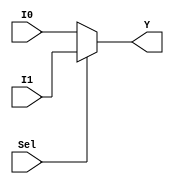
`timescale 1ns / 1ps
//////////////////////////////////////////////////////////////////////////////////
// Company: 
// Engineer: 
// 
// Design Name: 
// Module Name: mux_2x1
// Project Name: 
// Target Devices: 
// Tool Versions: 
// Description: 
// 
// Dependencies: 
// 
// Revision:
// Revision 0.01 - File Created
// Additional Comments:
// 
//////////////////////////////////////////////////////////////////////////////////


module mux_2X1 #(parameter In_d_W=8)(
    input [In_d_W-1:0] I0,
    input [In_d_W-1:0] I1,
    input Sel,
    output [In_d_W-1:0] Y
    );
    
    assign Y=(Sel==0)?I0:I1;
endmodule